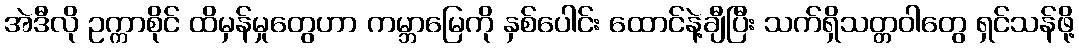
အဲဒီလို ဥက္ကာစိုင် ထိမှန်မှုတွေဟာ ကမ္ဘာမြေကို နှစ်ပေါင်း ထောင်နဲ့ချီပြီး သက်ရှိသတ္တဝါတွေ ရှင်သန်ဖို့